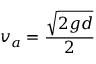
\ v _ { a } = { \frac { \sqrt { 2 g d } } { 2 } }